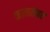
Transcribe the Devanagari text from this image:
कालसंवर